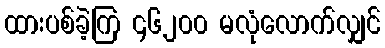
ထားပစ်ခဲ့ကြ ၄၆၂၀၀ မလုံလောက်လျှင်